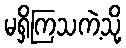
မရှိကြသကဲ့သို့